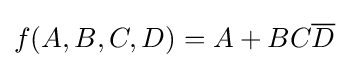
f(A,B,C,D)=A+BC{\overline {D}}